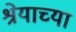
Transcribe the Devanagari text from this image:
श्रेयाच्या